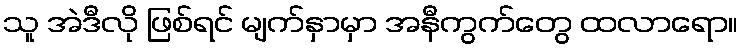
သူ အဲဒီလို ဖြစ်ရင် မျက်နှာမှာ အနီကွက်တွေ ထလာရော။